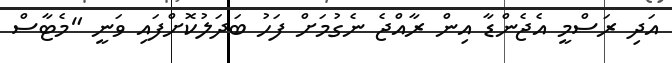
އަދި ރަސްމީ އެޖެންޑާ އިން ރާއްޖެ ނެގުމަށް ފަހު ބަދަލުކޮށްފައި ވަނީ "މެޓާސް